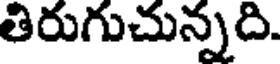
తిరుగుచున్నది.